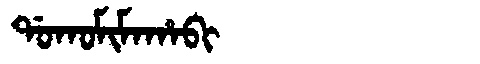
Manchu: ᡩᠣᡴᠣᠮᡳᠮᠠᡥᠠᠪᡳ
Romanization: DOKOMIMAHABI